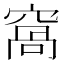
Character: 窩